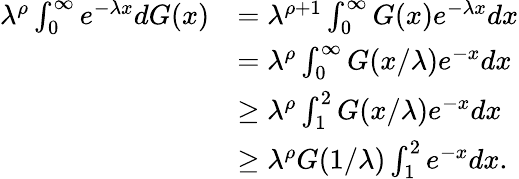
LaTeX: \begin{array}{rl}{\lambda^{\rho}\int_{0}^{\infty}e^{-\lambda x}dG(x)}&{=\lambda^{\rho+1}\int_{0}^{\infty}G(x)e^{-\lambda x}dx}\\ &{=\lambda^{\rho}\int_{0}^{\infty}G(x/\lambda)e^{-x}dx}\\ &{\geq\lambda^{\rho}\int_{1}^{2}G(x/\lambda)e^{-x}dx}\\ &{\geq\lambda^{\rho}G(1/\lambda)\int_{1}^{2}e^{-x}dx.}\end{array}